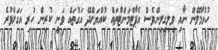
ހުޅުމާލޭން ނާއި ވިލިގިލިންވެސް އެޕާޓްމަންޓްތައް ކުއްޔަށްދޭ އަގުތައް ވަނީ ކުރިން ހުރި އަގަށްވުރެ